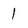
Character: 1